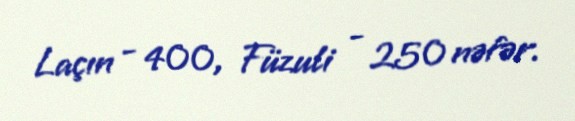
Laçın - 400, Füzuli - 250 nəfər.